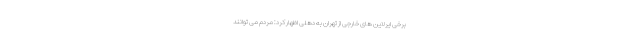
برخی ایرلاین های خارجی از تهران به دهلی اظهار کرد: مردم می توانند